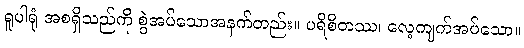
ရူပါရုံ အစရှိသည်ကို စွဲအပ်သောအနက်တည်း။ ပရိစိတဿ၊ လေ့ကျက်အပ်သော။